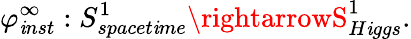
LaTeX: \varphi_{\mathit{i}nst}^{\infty}:S_{spacet\mathit{i}me}^{1}\rightarrowS_{H\mathit{i}ggs}^{1}.